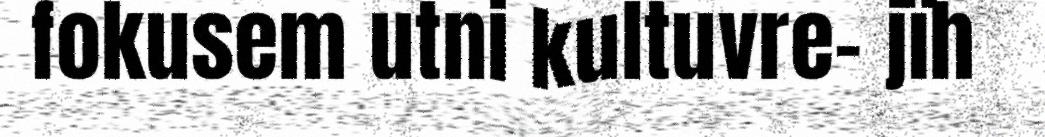
fokusem utni kultuvre- jïh